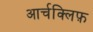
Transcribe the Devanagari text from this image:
आर्चक्लिफ़